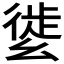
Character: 𢇌